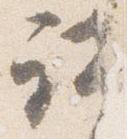
諸